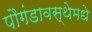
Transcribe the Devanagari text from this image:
पौगंडावस्थेमधे